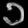
Digit: ၁